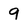
Character: 9